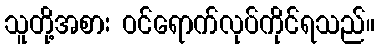
သူတို့အစား ဝင်ရောက်လုပ်ကိုင်ရသည်။